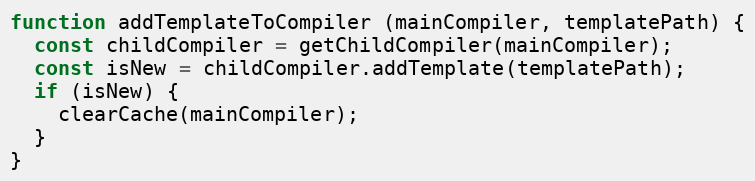
Language: JavaScript
function addTemplateToCompiler (mainCompiler, templatePath) {
  const childCompiler = getChildCompiler(mainCompiler);
  const isNew = childCompiler.addTemplate(templatePath);
  if (isNew) {
    clearCache(mainCompiler);
  }
}